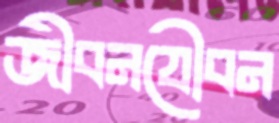
জীবনযৌবন